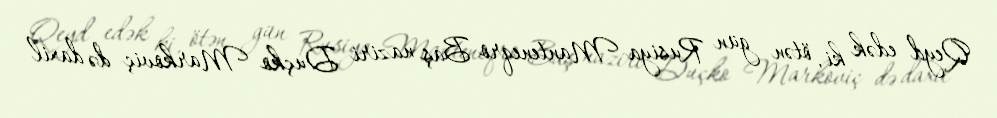
Qeyd edək ki, ötən gün Rusiya Manteneqro Baş naziri Duçko Markoviç də daxil